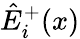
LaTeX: \hat{E}_{i}^{+}(x)